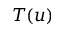
T ( u )